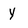
Character: y